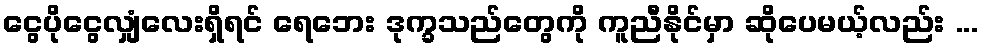
ငွေပိုငွေလျှံလေးရှိရင် ရေဘေး ဒုက္ခသည်တွေကို ကူညီနိုင်မှာ ဆိုပေမယ့်လည်း ...